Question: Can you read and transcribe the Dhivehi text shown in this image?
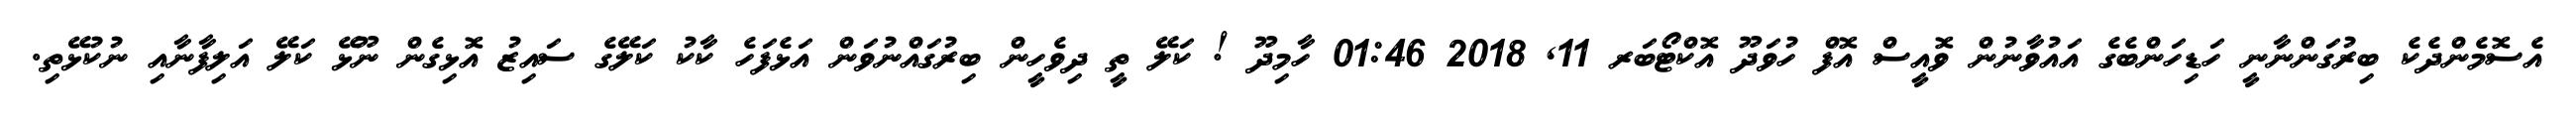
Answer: އެސޮމެންދެކެ ބިރުގަންނާނީ ހަޑިހަންބެގެ އައުވާނުން ވޮއީސް އޮފް ހުވަދޫ އޮކްޓޯބަރ 11, 2018 01:46 ހާމިދޫ ! ކަލޭ ތީ ދިވެހީން ބިރުގައްނުވަން އަޅެފަހެ ކާކު ކަލޭގެ ސައިޒު އޮޅިގެން ނޫޅޭ ކަލޭ އަލިފާނާއި ނުކުޅޭތި.